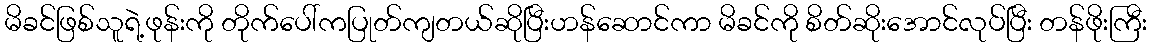
မိခင်ဖြစ်သူရဲ့ဖုန်းကို တိုက်ပေါ်ကပြုတ်ကျတယ်ဆိုပြီးဟန်ဆောင်ကာ မိခင်ကို စိတ်ဆိုးအောင်လုပ်ပြီး တန်ဖိုးကြီး